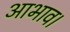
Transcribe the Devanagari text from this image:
आभाव।